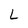
Character: L